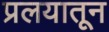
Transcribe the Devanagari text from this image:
प्रलयातून